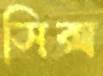
সিক্স